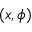
\left( x , \phi \right)